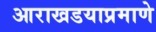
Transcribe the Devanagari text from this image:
आराखडयाप्रमाणे